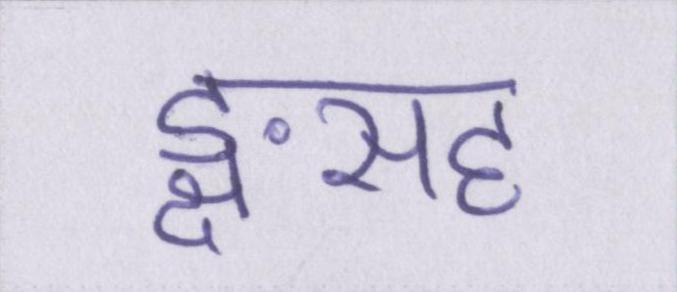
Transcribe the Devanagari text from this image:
ङ्क्षसह